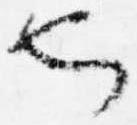
也